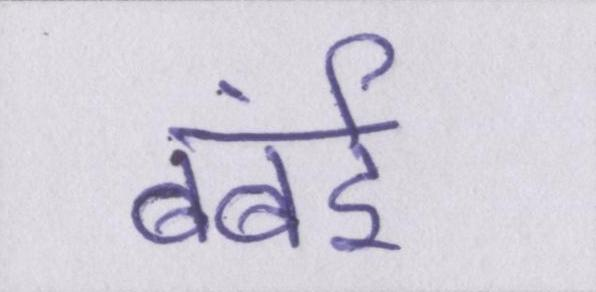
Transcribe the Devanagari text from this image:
बंबई